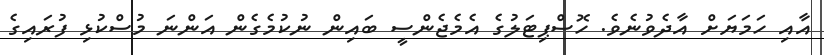
އާއި ހަމަޔަށް އާދެވުނެވެ. ހޮސްޕިޓަލުގެ އެމެޖެންސީ ބައިން ނުކުމެގެން އަންނަ މުސްކުޅި ފުރައިގެ